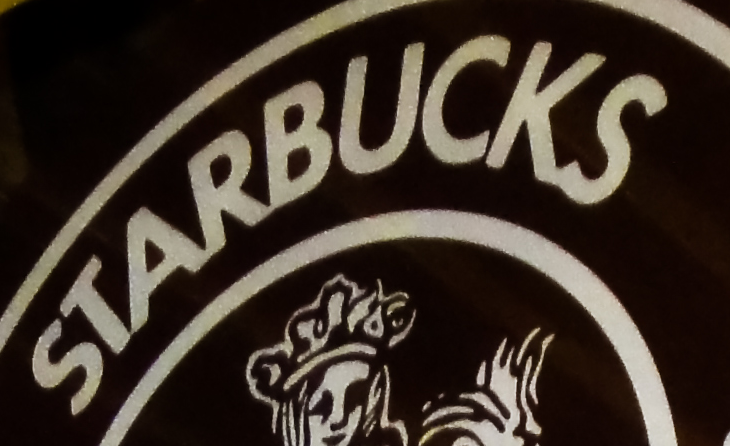
SATRBUCKS